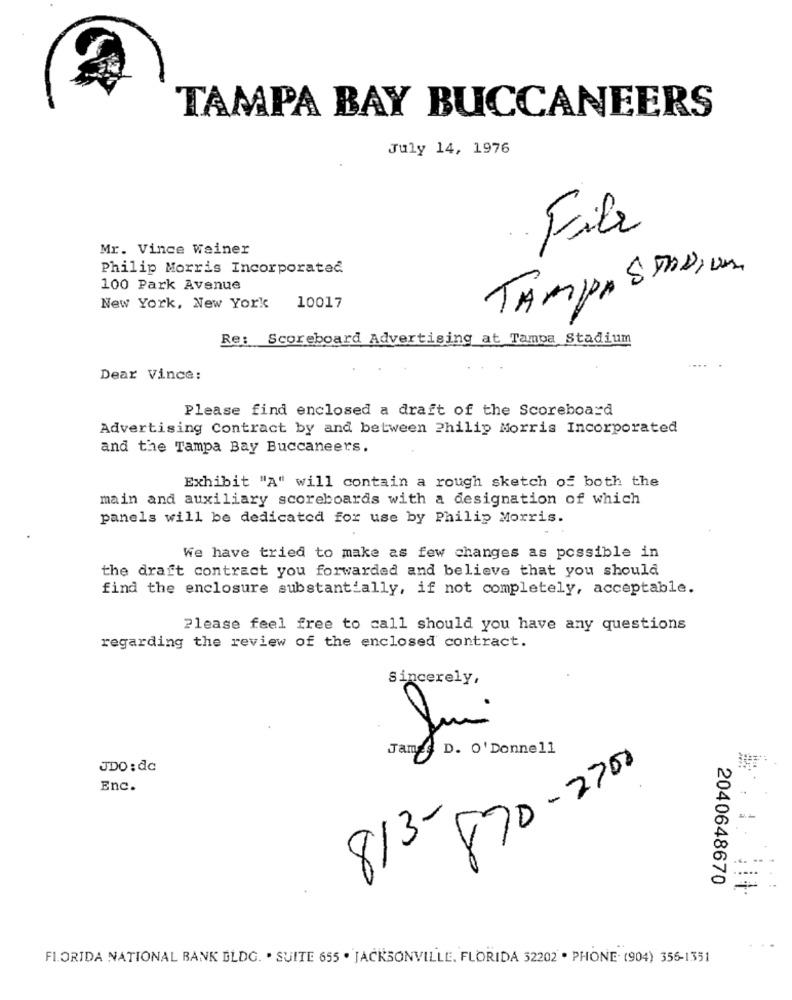
TAMPA BAY BUCCANEERS
July 14, 1976
File
Mr. Vince Weiner
Philip Morris Incorporated
TAMPA STADIUM
100 Park Avenue
New York, New York
10017
Re: Scoreboard Advertising at Tampa Stadium
Dear Vince:
Please find enclosed a draft of the Scoreboard
Advertising Contract by and between Philip Morris Incorporated
and the Tampa Bay Buccaneers.
Exhibit "A" will contain a rough sketch of both the
main and auxiliary scoreboards with a designation of which
panels will be dedicated for use by Philip Morris.
We have tried to make as few changes as possible in
the draft contract you forwarded and believe that you should
find the enclosure substantially, if not completely, acceptable.
Please feel free to call should you have any questions
regarding the review of the enclosed contract.
Sincerely,
Jam D. O' Donnell
JDO: dc
870-2700
Enc.
8/3-
2040648670
=
FLORIDA NATIONAL BANK BLDG. . SUITE 655 . JACKSONVILLE, FLORIDA 32202 . PHONE. (904) 356-1351